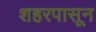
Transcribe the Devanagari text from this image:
शहरपासून